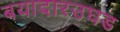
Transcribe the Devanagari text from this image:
बयादारउघड